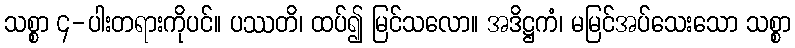
သစ္စာ ၄-ပါးတရားကိုပင်။ ပဿတိ၊ ထပ်၍ မြင်သလော။ အဒိဋ္ဌကံ၊ မမြင်အပ်သေးသော သစ္စာ